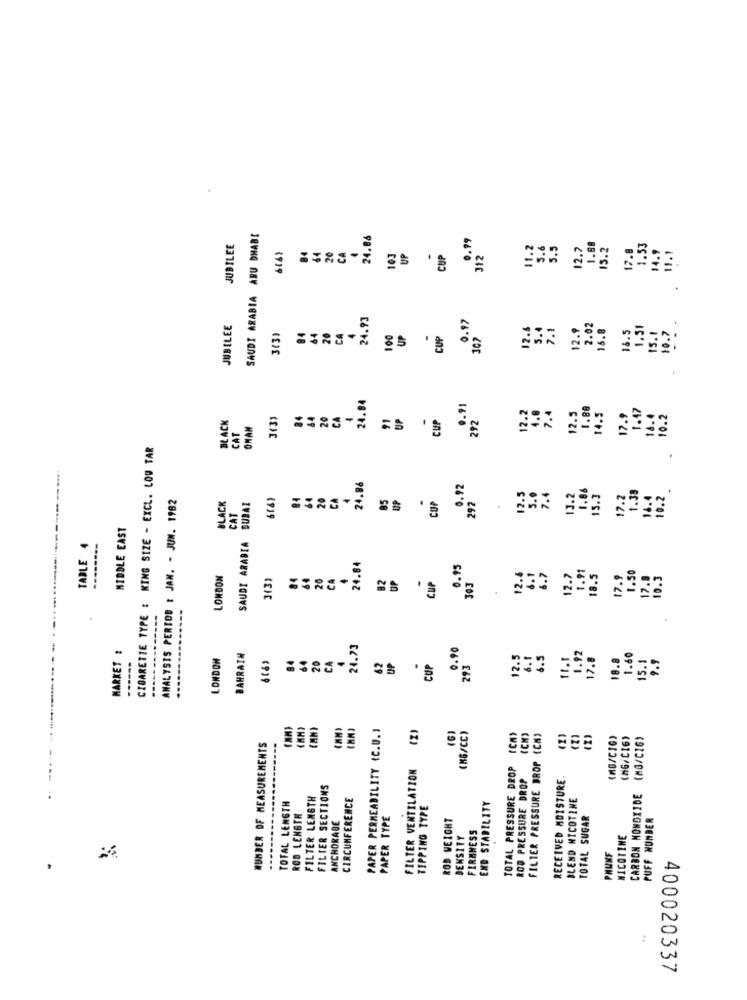
SAUDI ARABIA ABU DHABI
24.86
0.99
JUBILEE
84
64
11.2
5.6
5.5
12.7
1.88
15.2
17.8
1.53
14.9
11.1
6161
CA
103
UP
CUP
312
24.93
0.97
JUBILEE
84
64
12.6
5.4
7.1
12.9
2.02
16.8
18.5
1.31
15.1
10.7
(3)
20
CA
100
UP
CUP
307
24.84
0.91
7.4
1.88
1.17
BLACK
J(3)
84
64
20
CA
91
UP
CUP
292
12.2
4.0
12.5
14.5
17.9
16.4
10.2
CAT
ONAN
CIGARETTE TYPE : KING SIZE - EXCL. LOW TAR
24.86
0.92
1.86
1.39
10.2
ANALYSIS PERIOD : JAN. - JUN. 1982
6(4)
94
64
20
CA
85
UP
2.5
3.0
7.4
13.2
15.3
7.2
14.4
BLACK
DUBAI
CUP
292
CAT
.
MIDDLE EAST
SAUDI ARABIA
TABLE 4
---
24.84
0.95
6.1
LONDON
3(3)
84
64
20
CA
4
UP
.
12.4
6.7
12.7
1.91
18.5
17.9
1.50
17.1
10.3
CUP
303
MARKET :
24.73
0.90
------
LONDON
BAHRAIN
20
CA
2.5
6.1
6.5
1.92
17.8
18.8
1.60
5.1
9.9
84
64
62
UP
CUP
293
PAPER PERMEABILITY (C.U.1
(2)
(MB/CC)
FILTER PRESSURE DROP (CM)
(2)
(2)
(MG/CIG)
(MG/CI6)
(MG/C16)
NUMBER OF MEASUREMENTS
FILTER VENTILATION
TOTAL PRESSURE DROP
ROD PRESSURE DROP
RECEIVED MOISTURE
FILTER SECTIONS
CARBON MONOXIDE
FILTER LENGTH
CIRCUMFERENCE
BLEND NICOTINE
TOTAL LENGTH
ROD LENGTH
TIPPING TYPE
END STABILITY
ANCHORAGE
PAPER TYPE
ROD WEIGHT
TOTAL SUGAR
PUFF HUNDER
DENSITY
FIRMNESS
NICOTINE
PHUNF
,
..
400020337